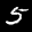
Label: 5